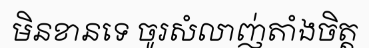
មិនខានទេ ចូរសំលាញ់តាំងចិត្ត